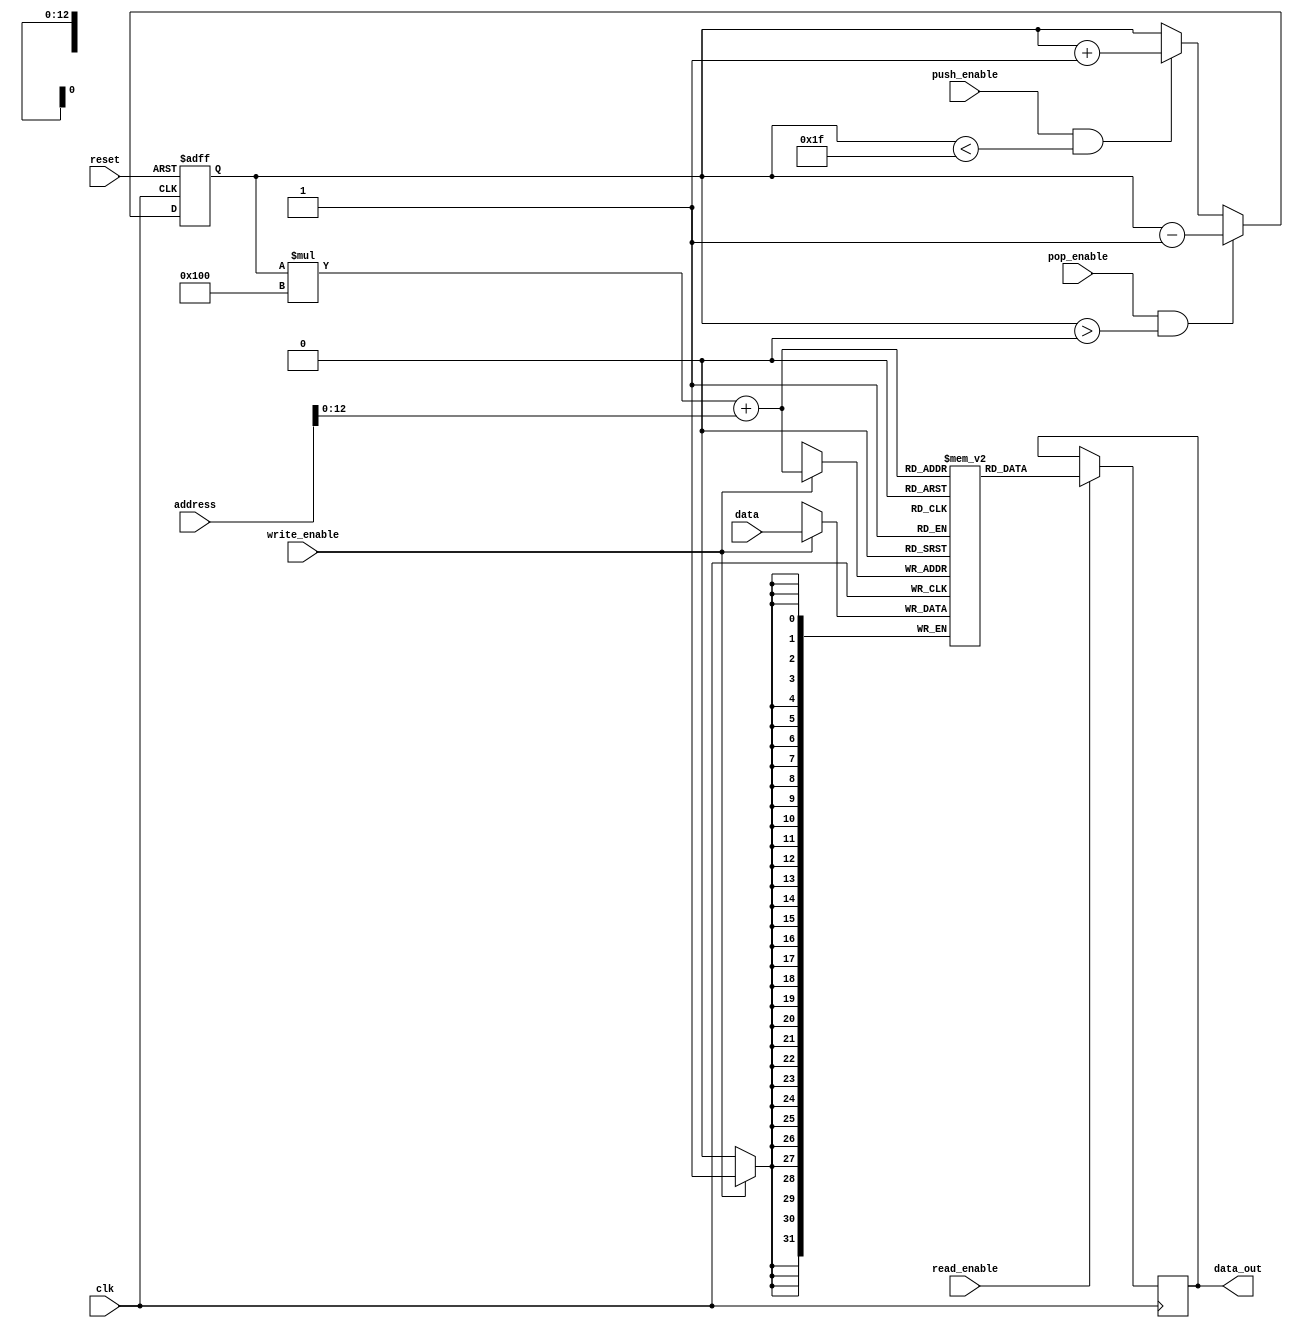
module MemoryBlocksStackRegisterFile (
    input wire [31:0] address,
    input wire [31:0] data,
    input wire write_enable,
    input wire read_enable,
    input wire push_enable,
    input wire pop_enable,
    input wire clk,
    input wire reset,
    output reg [31:0] data_out
);

reg [5:0] stack_pointer;
reg [31:0] memory_blocks [0:31][0:255];

always @(posedge clk or posedge reset) begin
    if (reset) begin
        stack_pointer <= 0;
    end else begin
        if (push_enable && (stack_pointer < 31)) begin
            stack_pointer <= stack_pointer + 1;
        end
        if (pop_enable && (stack_pointer > 0)) begin
            stack_pointer <= stack_pointer - 1;
        end
    end
end

always @(posedge clk) begin
    if (read_enable) begin
        data_out <= memory_blocks[stack_pointer][address];
    end
    
    if (write_enable) begin
        memory_blocks[stack_pointer][address] <= data;
    end
end

endmodule